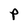
Character: P